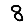
Digit: 8